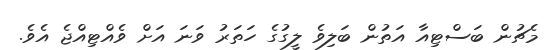
މެޗުން ބަސްޓިއާ އަތުން ބަލިވެ ލީގުގެ ހަތަރު ވަނަ އަށް ވެއްޓިއްޖެ އެވެ.